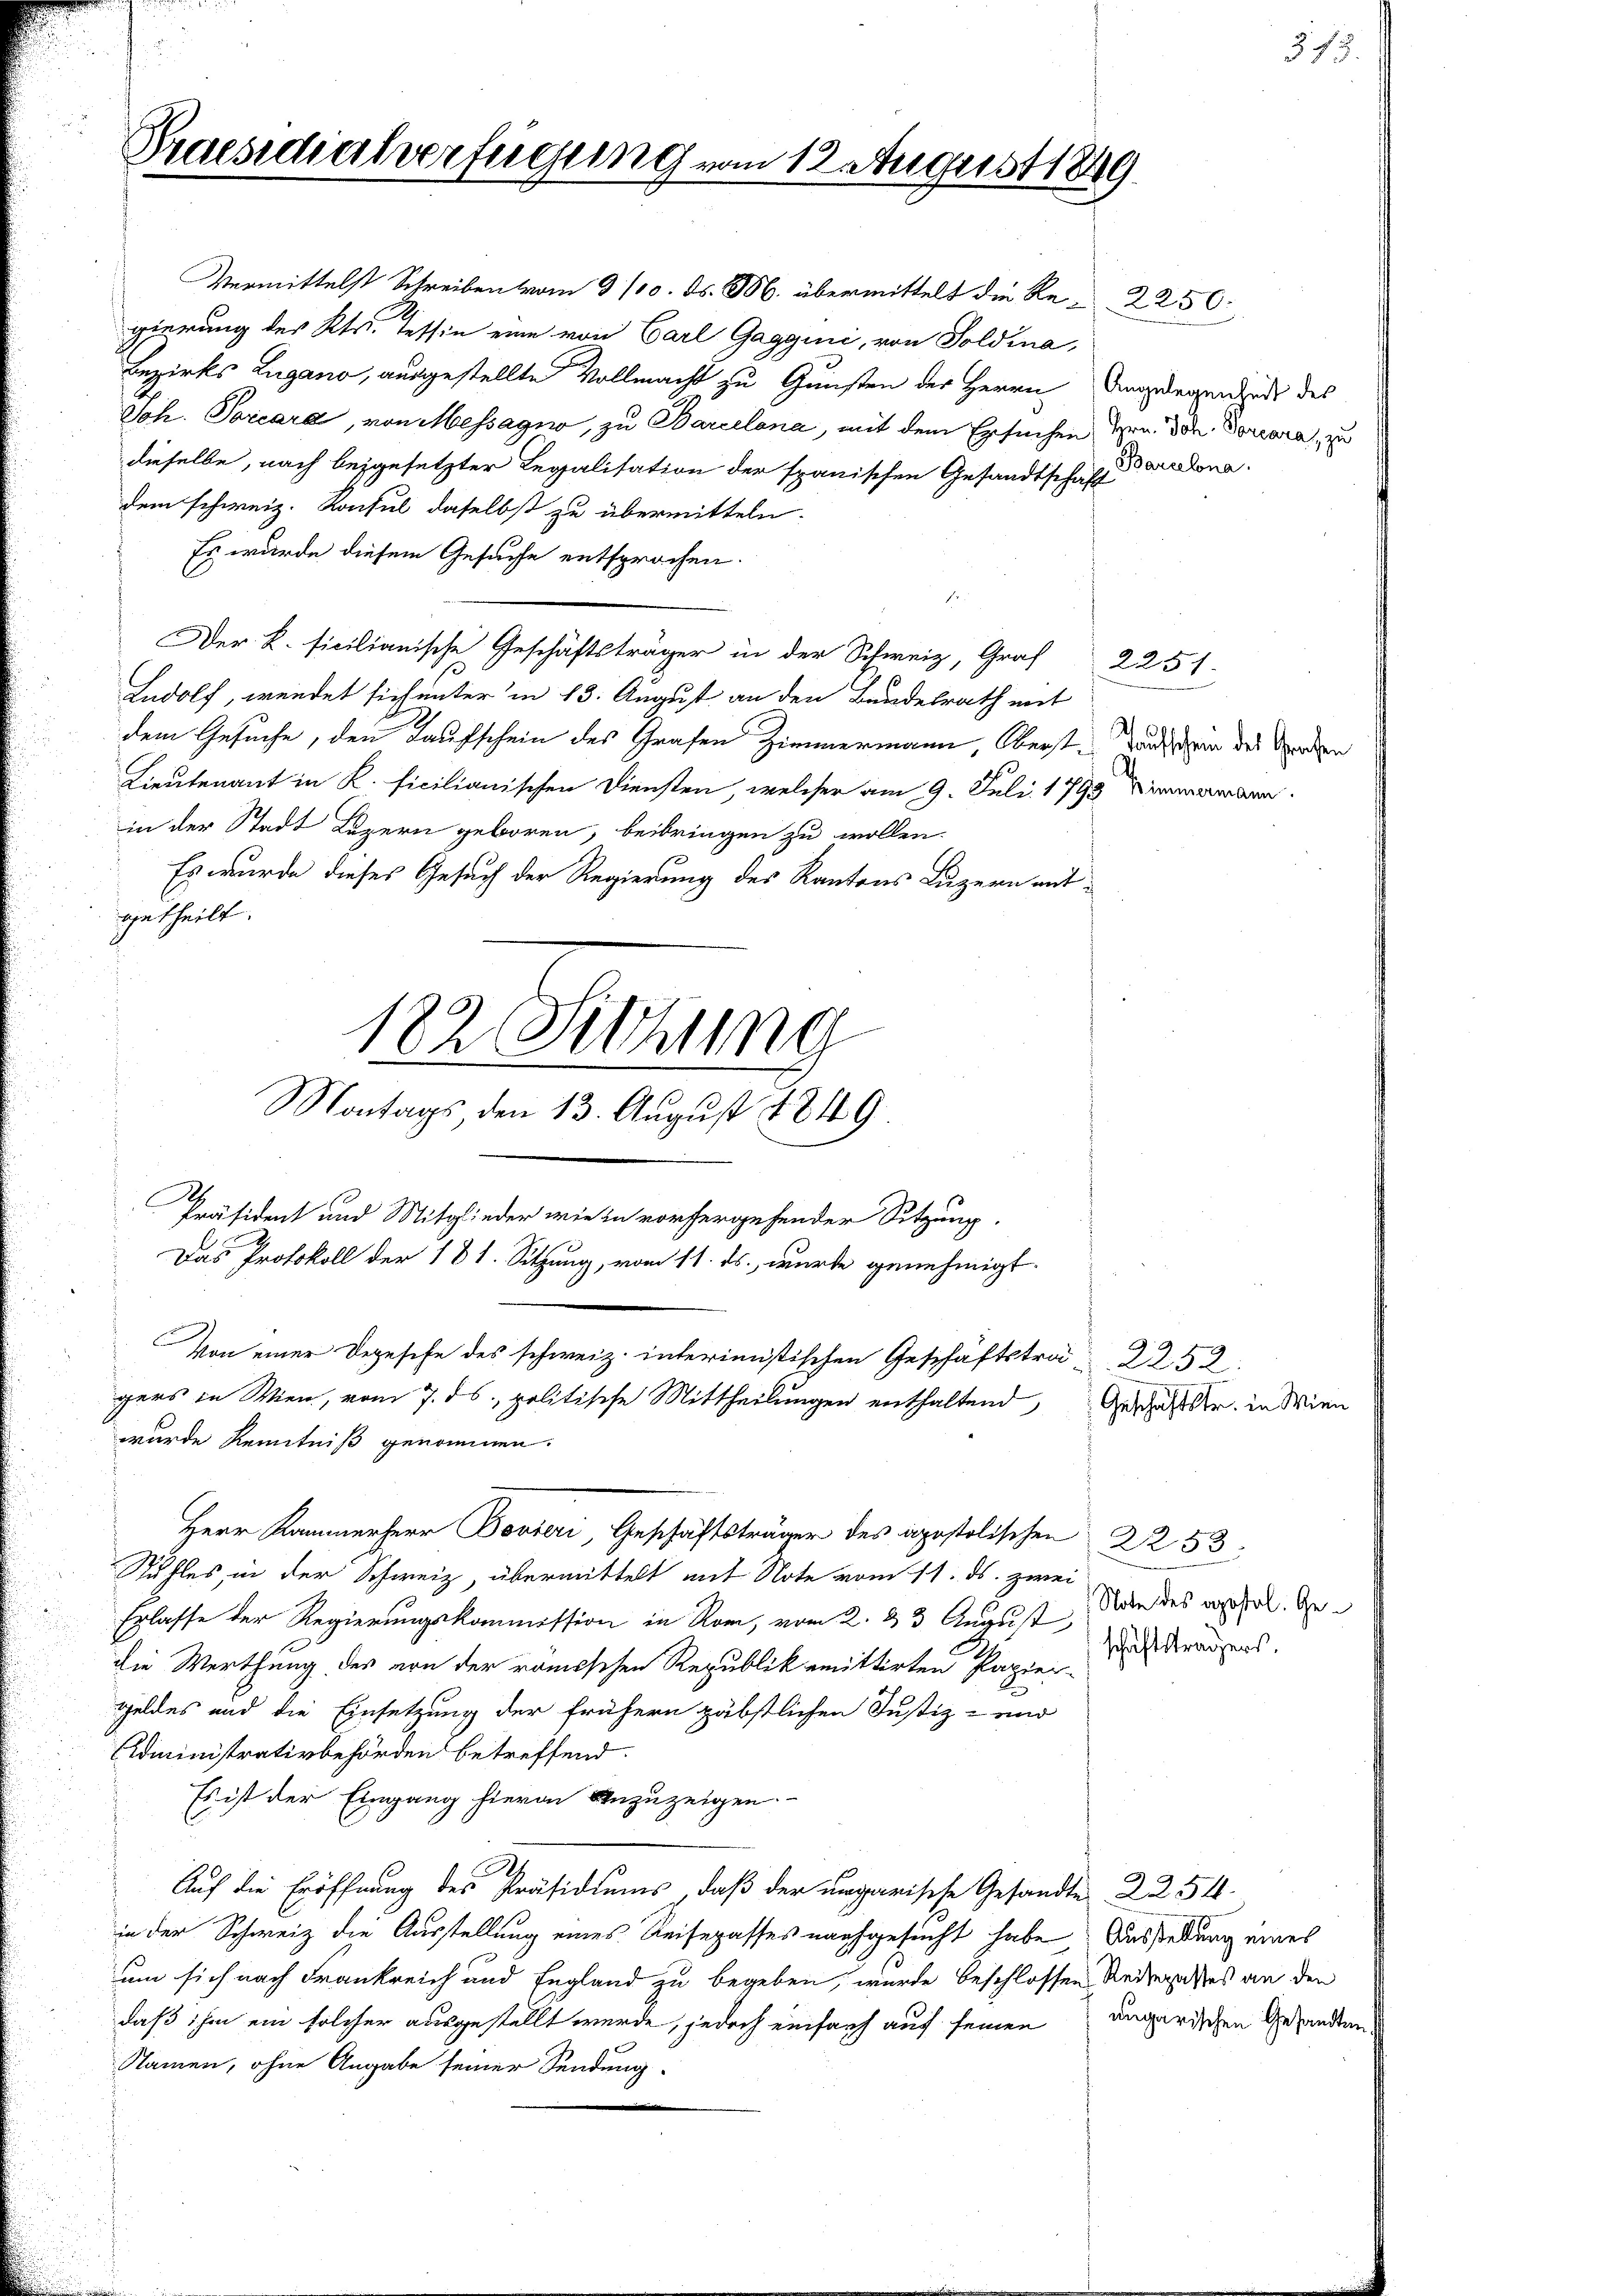
Praesidialverfügung vom 12. August 1849

Vermittelst Schreiben vom 9/10. d. M. übermittelt die Re-  2250
gierung des Kts. Tessin eine von Carl Gaggini, von Goldina,
Bezirks Lugano, ausgestellte Vollmacht zu Gunsten der Herrn Angelegen zude des
Joh. Torcara, von Messagio, zu Barcelona, mit dem Ersuchen Hrn. Dom. Doriara, zu
dieselbe, nach beigesetzter Legalisation der spanischen Gesandtschaft volonadem schweiz. Konsul daselbst zu übermitteln.
Es wurde diesem Gesuche entsprochen.
E
Der K. ficilianische Geschäftsträger in der Schweiz, Graf
Ludolf, wendet sich unter in 13. August an den Bundesrath mit
dem Gesuche, den Taufschein des Grafen Zimmermann, Oberstand in des Sporten
Lieutenant in K. ficilianischen Diensten, welcher am 9. Juli 1790 Nimmermann
in der Stadt Luzern geboren, beibringen zu wollen.
Es wurde dieses Gesuch der Regierung des Kantons Luzern entgetheilt.
122. Sitzung
Montags den 13. August 1849.
Präsident und Mitglieder wie in vorhergehender Sitzung.
Das Protokoll der 181. Sitzung, vom 11. ds. wurde genehmigt.
Von einer Degesehe des schweiz. interimistischen Geschäftstra 2252
gers in Wien, vom 7. ds., politische Mittheilungen enthaltend, Geschaft er in Wie
wurde Kenntniß genommen.
Herr Kamerer Bieri, Geschäftsträger des apostolischen 2253
Stuhles in der Schweiz, übermittelt mit Note vom 11. ds. zwei
Erlasse der Regierungskommission in Rom, vom 2. & 3 August
die Werthung des von der römischen Republik emittirten Papier-
Geldes und die Einsetzung der frühern päbstlichen Justiz- und
Administrativbehörden betreffend.
Es ist der Eingang hievon anzuzeigen.
Auf die Eröffnung des Präsidiums, daß der ungarische Gesandte 22. 54.
in der Schweiz die Ausstellung eines Reisepasses nachgesucht habe, Ausstellung eines
um sich nach Frankreich und England zu begeben, wurde beschlossen Redegesses an den
daß ihm ein solcher ausgestellt werde, jedoch einfach auf seinen angerischen Gesandten
Namen, ohne Angabe seiner Sendung.

2251.

§ 78.

Note des apostol. Geschäftsträgers